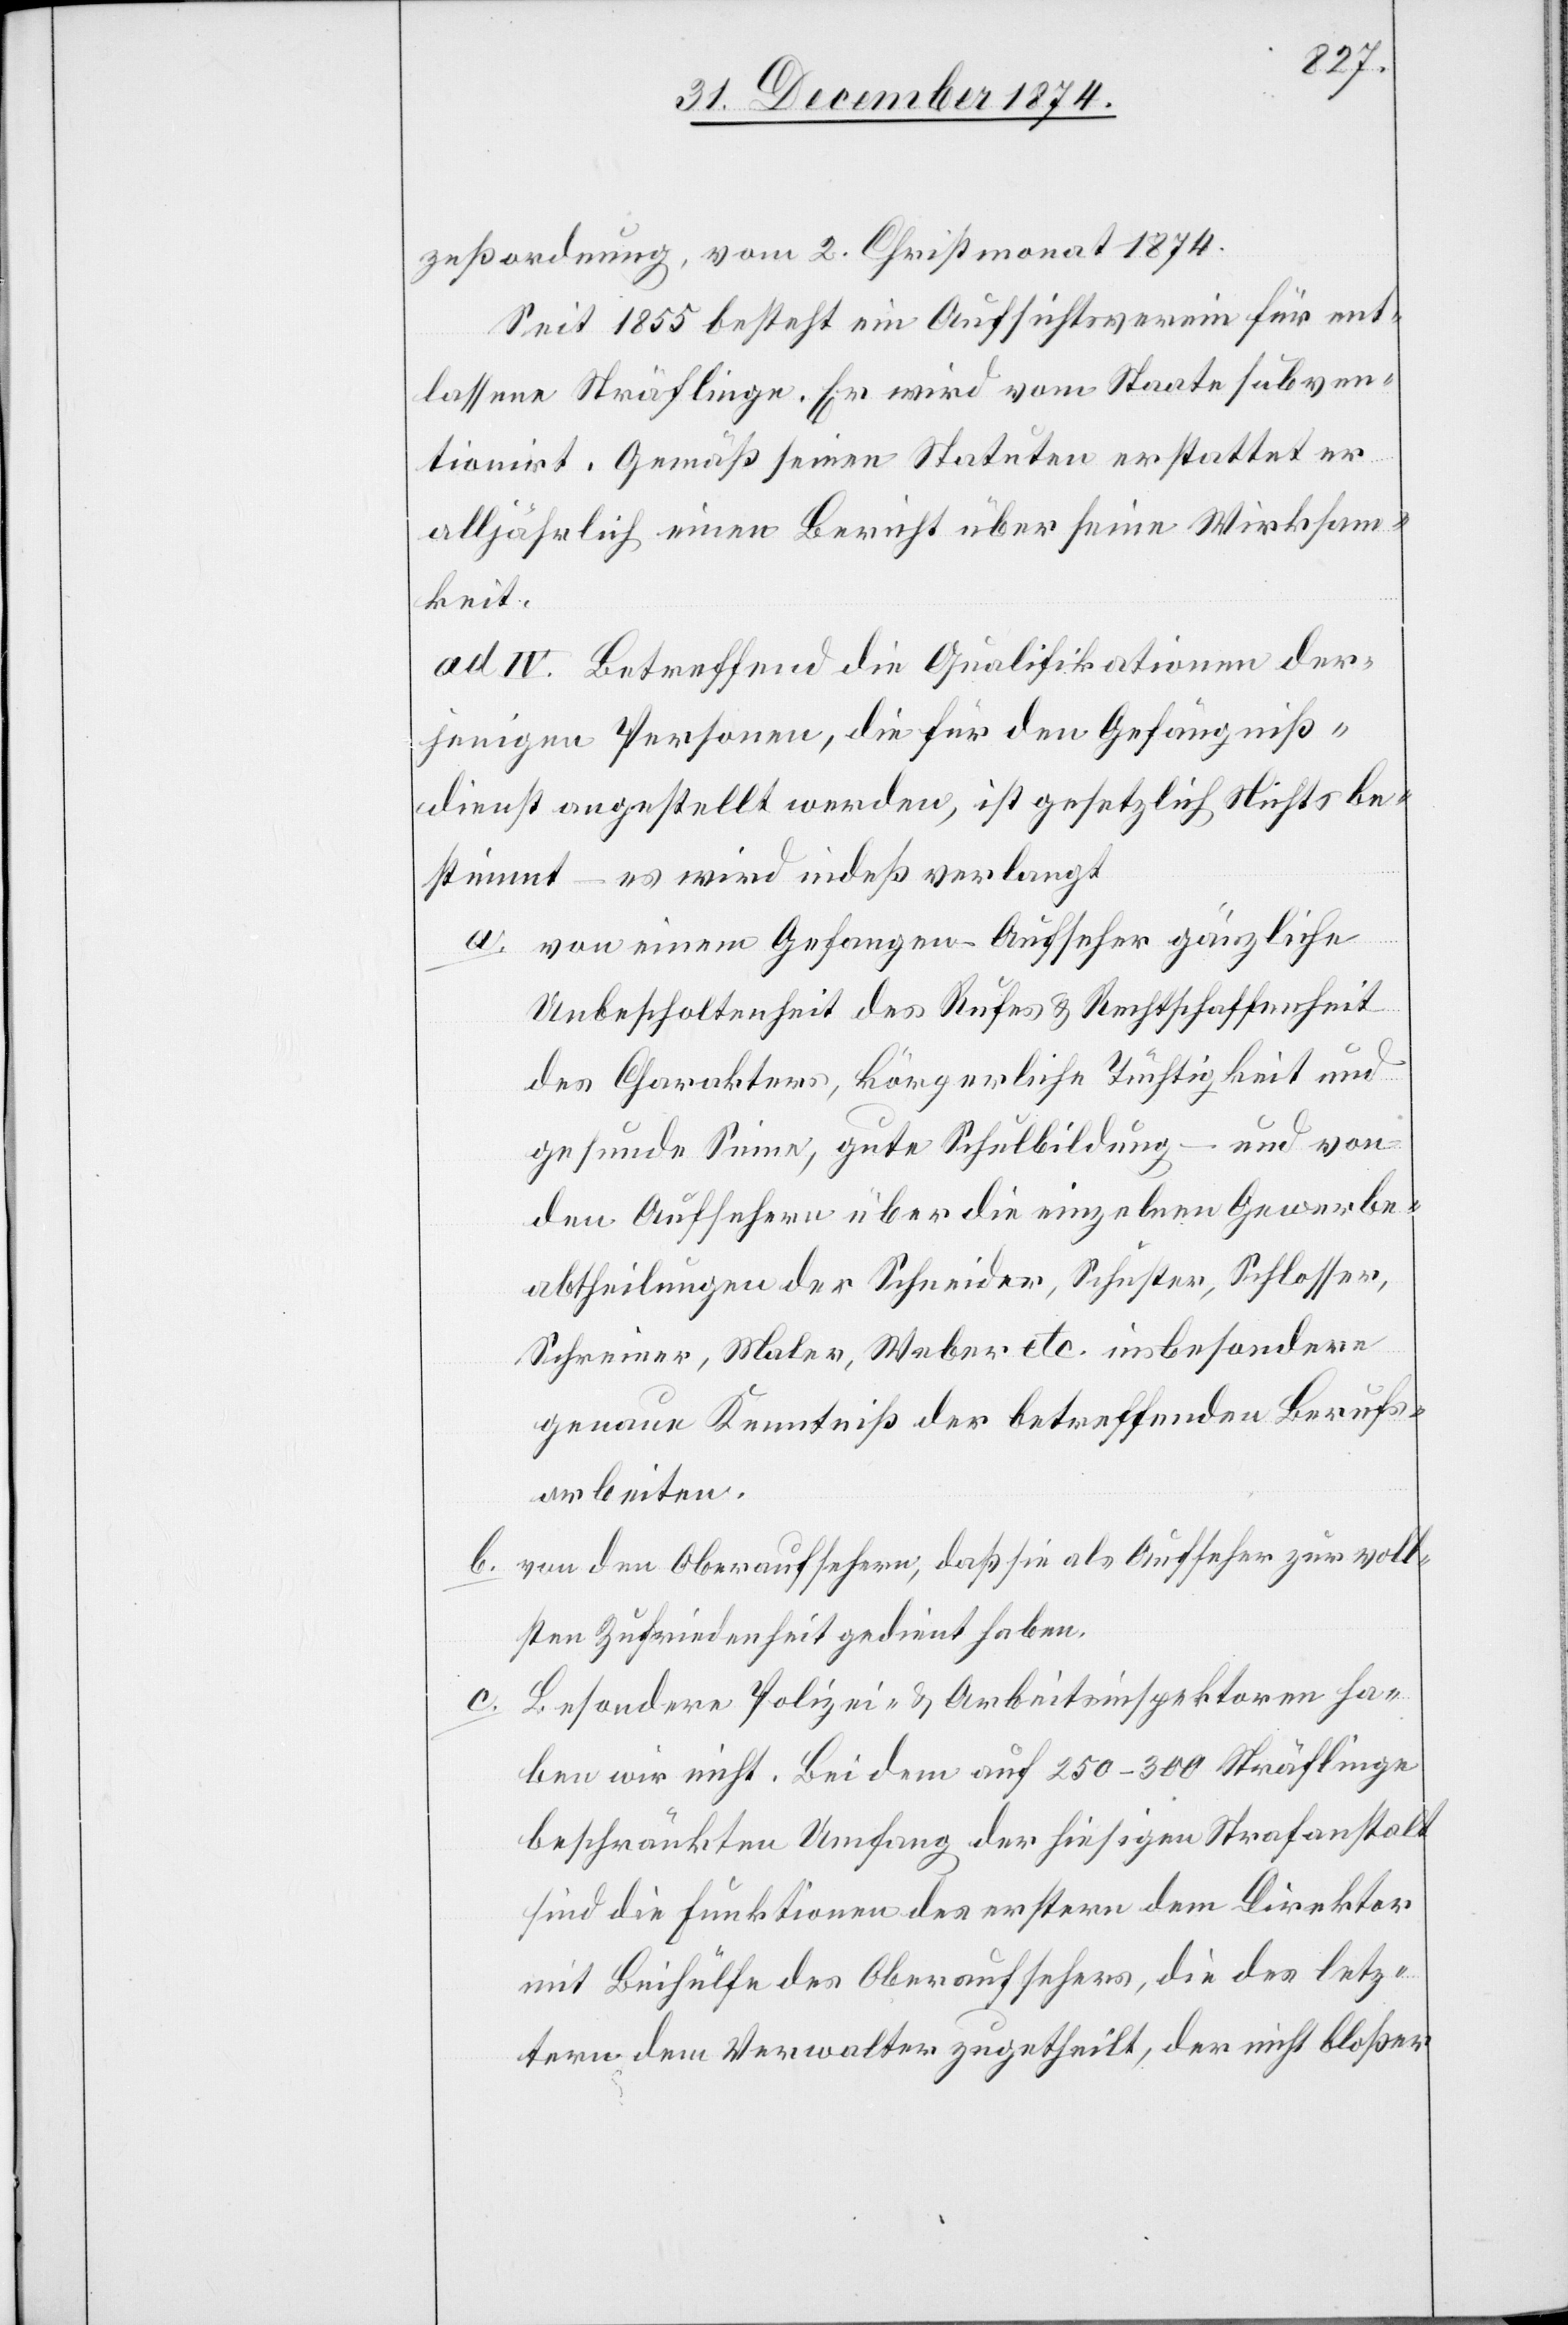
zeßordnung, vom 2. Christmonat 1874.
Seit 1855 besteht ein Aufsichtsverein für ent¬
lassene Sträflinge. Er wird vom Staate subven¬
tionirt. Gemäß seinen Statuten erstattet er
alljährlich einen Bericht über seine Wirksam¬
keit.
ad. IV. Betreffend die Qualifikationen der¬
jenigen Personen, die für den Gefängniß¬
dienst angestellt werden, ist gesetzlich Nichts be¬
stimmt – es wird indeß verlangt
a. von einem Gefangenen-Aufseher gänzliche
Unbescholtenheit des Rufes & Rechtschaffenheit
des Charakters, körperliche Tüchtigkeit und
gesunde Sinne, gute Schulbildung – und von
den Aufsehern über die einzelnen Gewerbe¬
abtheilungen der Schneider, Schuster, Schlosser,
Schreiner, Maler, Weber etc. insbesondere
genaue Kenntniß der betreffenden Berufs¬
arbeiten.
von den Oberaufsehern, daß sie als Aufseher zur voll¬
b.
sten Zufriedenheit gedient haben.
Besondere Polizei- & Arbeitsinspektoren ha¬
ben wir nicht. Bei dem auf 250–300 Sträflinge
beschränkten Umfang der hiesigen Strafanstalt
sind die Funktionen des erstern dem Direktor
mit Beihülfe des Oberaufsehers, die des letz¬
tern dem Verwalter zugetheilt, der nicht bloßer